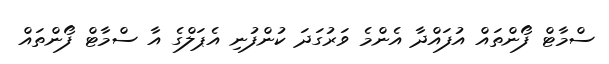
ސްމާޓް ފޯންތައް އުފައްދާ އެންމެ ވަރުގަދަ ކުންފުނި އެޕަލްގެ އާ ސްމާޓް ފޯންތައް